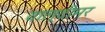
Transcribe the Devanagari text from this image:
वाल्दीमर